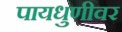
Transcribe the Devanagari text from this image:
पायधुणीवर